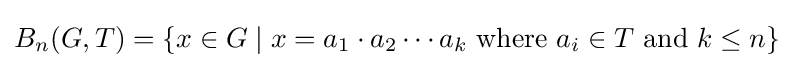
B_{n}(G,T)=\{x\in G\mid x=a_{1}\cdot a_{2}\cdots a_{k}{\text{ where }}a_{i}\in T{\text{ and }}k\leq n\}